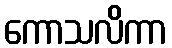
ကောသလိကာ